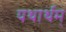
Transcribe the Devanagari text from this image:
यथार्थम्